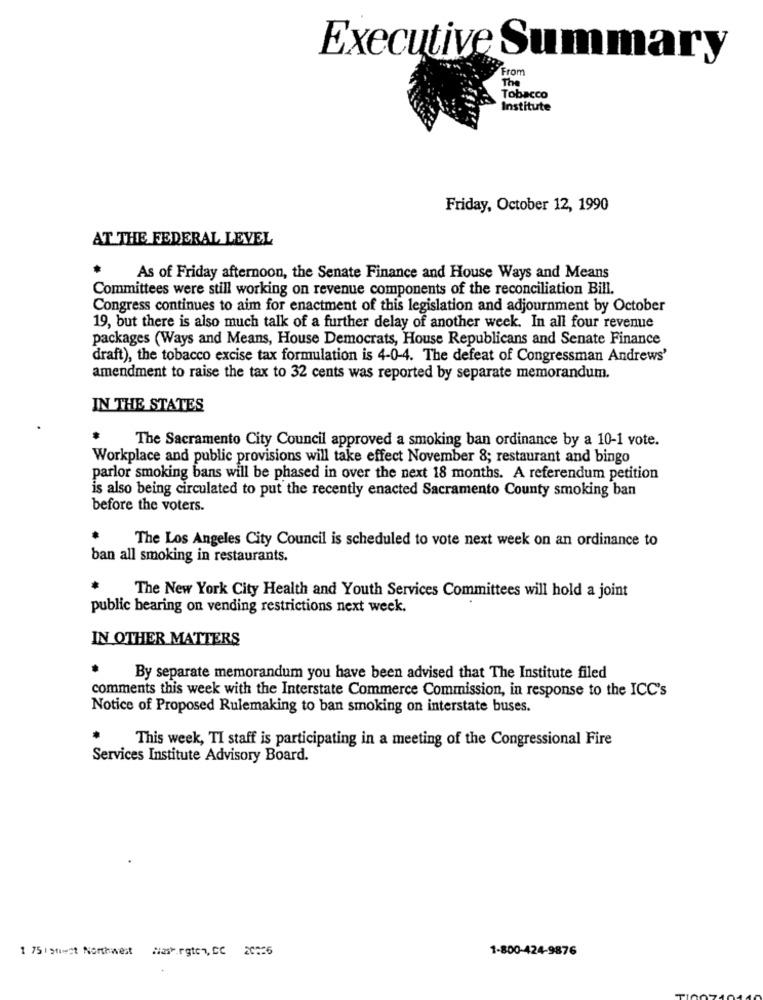
Executive Summary
From
The
Tobacco
Institute
Friday, October 12, 1990
AT THE FEDERAL LEVEL
As of Friday afternoon, the Senate Finance and House Ways and Means
Committees were still working on revenue components of the reconciliation Bill.
Congress continues to aim for enactment of this legislation and adjournment by October
19, but there is also much talk of a further delay of another week. In all four revenue
packages (Ways and Means, House Democrats, House Republicans and Senate Finance
draft), the tobacco excise tax formulation is 4-0-4. The defeat of Congressman Andrews'
amendment to raise the tax to 32 cents was reported by separate memorandum.
IN THE STATES
The Sacramento City Council approved a smoking ban ordinance by a 10-1 vote.
Workplace and public provisions will take effect November 8; restaurant and bingo
parlor smoking bans will be phased in over the next 18 months. A referendum petition
is also being circulated to put the recently enacted Sacramento County smoking ban
before the voters.
The Los Angeles City Council is scheduled to vote next week on an ordinance to
ban all smoking in restaurants.
The New York City Health and Youth Services Committees will hold a joint
public bearing on vending restrictions next week.
IN OTHER MATTERS
By separate memorandum you have been advised that The Institute filed
comments this week with the Interstate Commerce Commission, in response to the ICC's
Notice of Proposed Rulemaking to ban smoking on interstate buses.
This week, TI staff is participating in a meeting of the Congressional Fire
Services Institute Advisory Board.
1 75 >tient Northwest
Hast.rgten, CC 20:26
1-800-424-9876